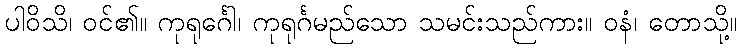
ပါဝိသိ၊ ဝင်၏။ ကုရုင်္ဂေါ၊ ကုရုင်္ဂမည်သော သမင်းသည်ကား။ ဝနံ၊ တောသို့။